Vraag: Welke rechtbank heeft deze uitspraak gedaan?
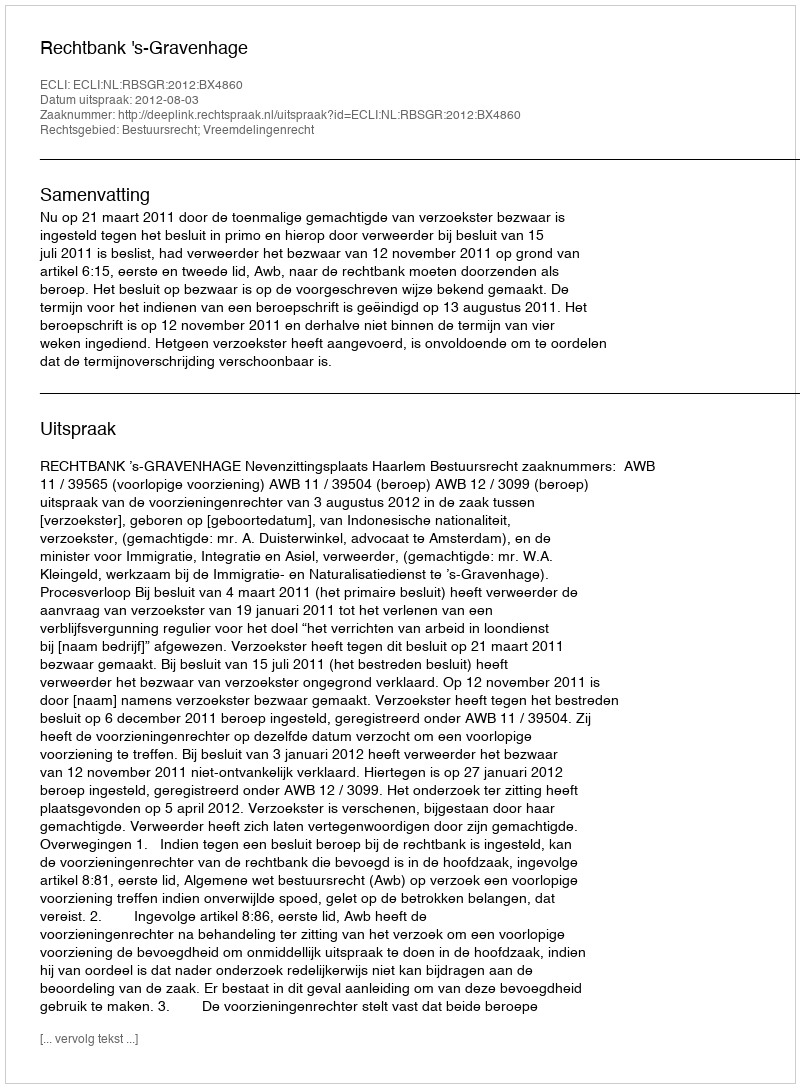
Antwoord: Rechtbank 's-Gravenhage